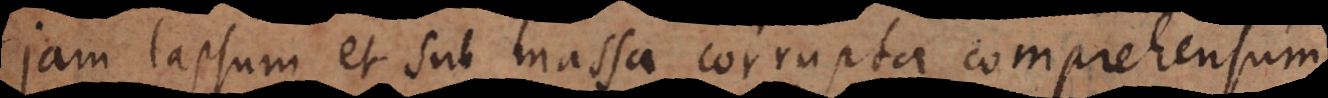
jam lapsum et sub massa corrupta comprehensum